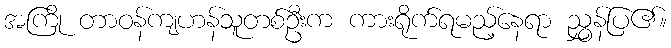
အကြို တာဝန်ကျဟန်သူတစ်ဦးက ကားရိုက်ရမည့်နေရာ ညွှန်ပြ၏။